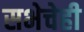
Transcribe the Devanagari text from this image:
सभेचेही